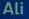
ali